Code of medical and sanitary regulations for the guidance of medical officers serving in the Madras Presidency - Volume I
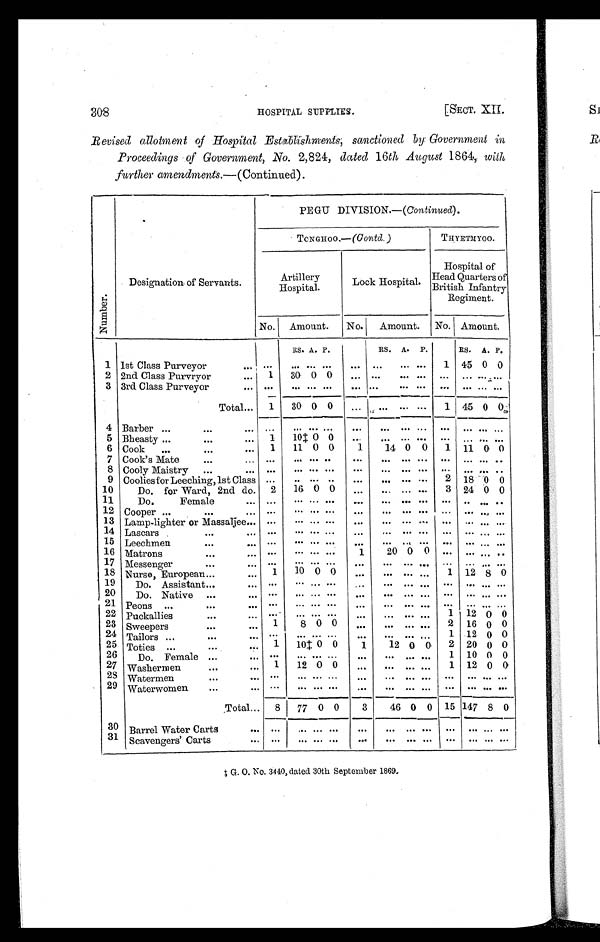
SECT. XII.]
HOSPITAL SUPPLIES.
309
Revised allotment of Hospital Establishments, sanctioned by Government in
Proceedings of Government, No. 2,824, dated 16th August 1864, with further
amendments.—(Continued).
Numbe r .
Designation of Servants.
PEGU DIVISION.—( Continued).
THYETMYOO.
Royal Artillery
Hospital.
Lock Hospital.
No.
Amount. No.
Amount.
RS. A. P.
RS. A. P.
1 1st Class Purveyor
. . .
...
. . .
. . . ... . . .
. . .
... ......
2 2nd Class Purveyor
...
...
1
30 0 0
. . .
... ......
3 3rd Class Purveyor
...
...
. . .
. . . . . . . . .
. . .
. . .... ...
Total ...
1
30 0 0
...
...... ...
4 Barber
. . .
. . .
...
...
. . .
. . . . . . . . .
. . .
...... ...
5 Bheasty
. . .
. . .
...
1
9 0 0
. . .
...... ...
6 Cook ...
. . .
. . .
...
1
1 1 † 0 0
1
14 0 0
7 Cook's Mate . . .
. . .
...
. . .
. . . . . . . . .
. . .
. . .... ...
8 Cooly Maistry ...
...
...
. . .
. . . . . . . . .
. . .
...... ...
9 Coolies for Leeching, 1st Class
...
1
9 0 0
. . .
...... ...
10
Do. for Ward, 2nd do ...
...
2 16 0 0
...
. . .
... ...
11
Do. Female
...
...
. . .
. . . . . . . . .
. . .
. . .... ...
12 Cooper . . .
. . .
...
...
. . .
. . . . . . . . .
. . .
...... ...
13 Lamp-lighter or Massaljee ...
...
. . .
. . . . . . . . .
. . .
...... ...
14 Lascars
. . .
...
...
. . .
. . . . . . . . .
. . .
. . .
... ...
15 Leechmen
. . .
...
...
. . .
. . . . . . . . .
. . .
...... ...
16 Matrons
. . .
...
... ...
. . . . . . . . .
1
20 0 0
17 Messenger
. . .
. . .
...
. . .
. . . . . . . . .
. . .
... ......
18 Nurse, European
. . .
...
1* 10 0 0
. . .
. . .... ...
19
Do. Assistant
. . .
...
. . .
. . . . . . . . .
. . .
. . .... ...
20
Do. Native ...
. . .
...
. . .
. . . . . . . . .
...
. . .... ...
21 Peons
. . .
...
...
...
. . .
. . . . . . . . . .
. . .
. . .
... ...
22 Puckallies
. . .
...
...
. . .
. . . . . . . . .
. . .
...... ...
23 Sweepers
...
...
...
1
8 0 0
. . .
. . .
... ...
24 Tailors ...
. . .
...
...
. . .
. . . . . .
. . .
. . .
...... ...
25 Toties ...
. . .
. . .
...
1
10 0 0
1
12 0 0
26
Do. Female ...
. . .
...
1
7 8 0
. . .
. . .
... ...
27 Washermen
. . .
. . .
...
1
12 0 0
...
. . .... ...
28 Watermen
. . .
...
...
. . .
. . . . . . . . .
. . .
. . .
... ...
29 Waterwomen ...
. . .
...
. . .
. . . . . .
. . .
. . .
. . .
... ...
Total ...
10
91 8 0
3
46 0 0
30 Barrel Water Carts
. . .
...
. . .
. . . . . .
. . .
. . .
. . . . . . ...
31 Scavengers' Carts
. . .
...
. . .
. . . . . . . . .
. . .
. . . ... . . .
* G. O. No. 2928, dated 9th August 1865.
† No. 3252, dated 21st August 1868.